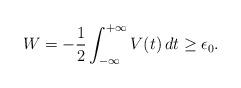
LaTeX: \begin{align*}W=-\frac{1}{2}\int_{-\infty } ^{+\infty }V(t)\,dt\ge \epsilon _0.\end{align*}